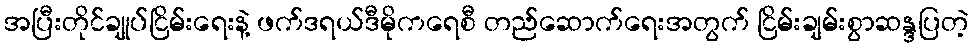
အပြီးတိုင်ချုပ်ငြိမ်းရေးနဲ့ ဖက်ဒရယ်ဒီမိုကရေစီ တည်ဆောက်ရေးအတွက် ငြိမ်းချမ်းစွာဆန္ဒပြတဲ့